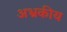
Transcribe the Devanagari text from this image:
अभ्रकीय